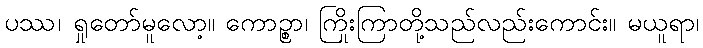
ပဿ၊ ရှုတော်မူလော့။ ကောဉ္စာ၊ ကြိုးကြာတို့သည်လည်းကောင်း။ မယူရာ၊